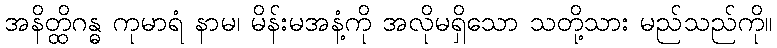
အနိတ္ထိဂန္ဓ ကုမာရံ နာမ၊ မိန်းမအနံ့ကို အလိုမရှိသော သတို့သား မည်သည်ကို။